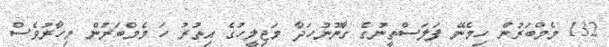
132 މެމްބަރުން ހިމެނޭ ފަލަސްތީނުގެ ގާނޫނުހަދާ މަޖިލީހުގެ އިތުރު ހަ މެމްބަރުން މިހާރުވެސް